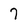
Character: 7